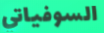
السوفياتي